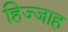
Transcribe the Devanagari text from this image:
हिज्जाह